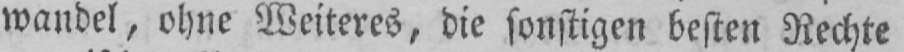
wandel, ohne Weiteres, die sonstigen besten Rechte